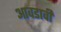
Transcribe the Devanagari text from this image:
आवडावी